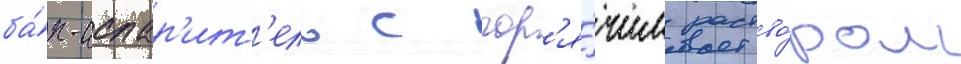
ба́к-испар'ит'ель с гор'я́чим раство́ром